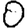
Digit: 0